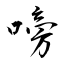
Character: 嗙